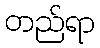
တည်ရာ